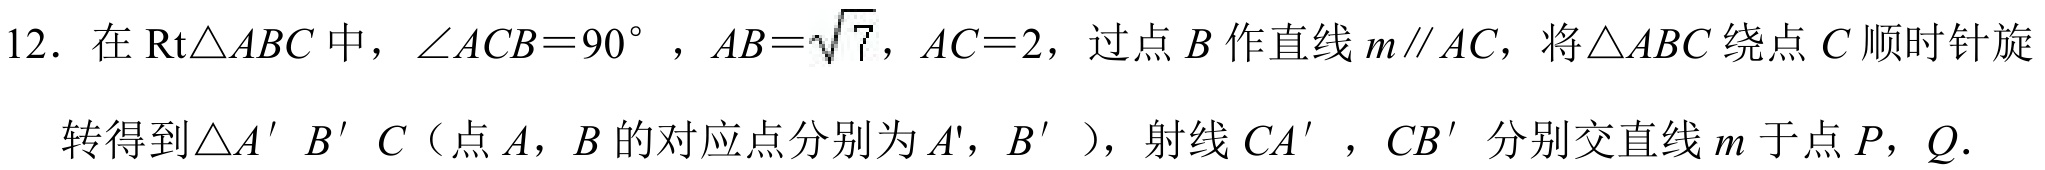
12. 在$\text{Rt}\triangle ABC$中，$\angle ACB = 90^{\circ}$，$AB = \sqrt{7}$，$AC = 2$，过点$B$作直线$m\parallel AC$，将$\triangle ABC$绕点$C$顺时针旋转得到$\triangle A'B'C$（点$A$，$B$的对应点分别为$A'$，$B'$），射线$CA'$，$CB'$分别交直线$m$于点$P$，$Q$.